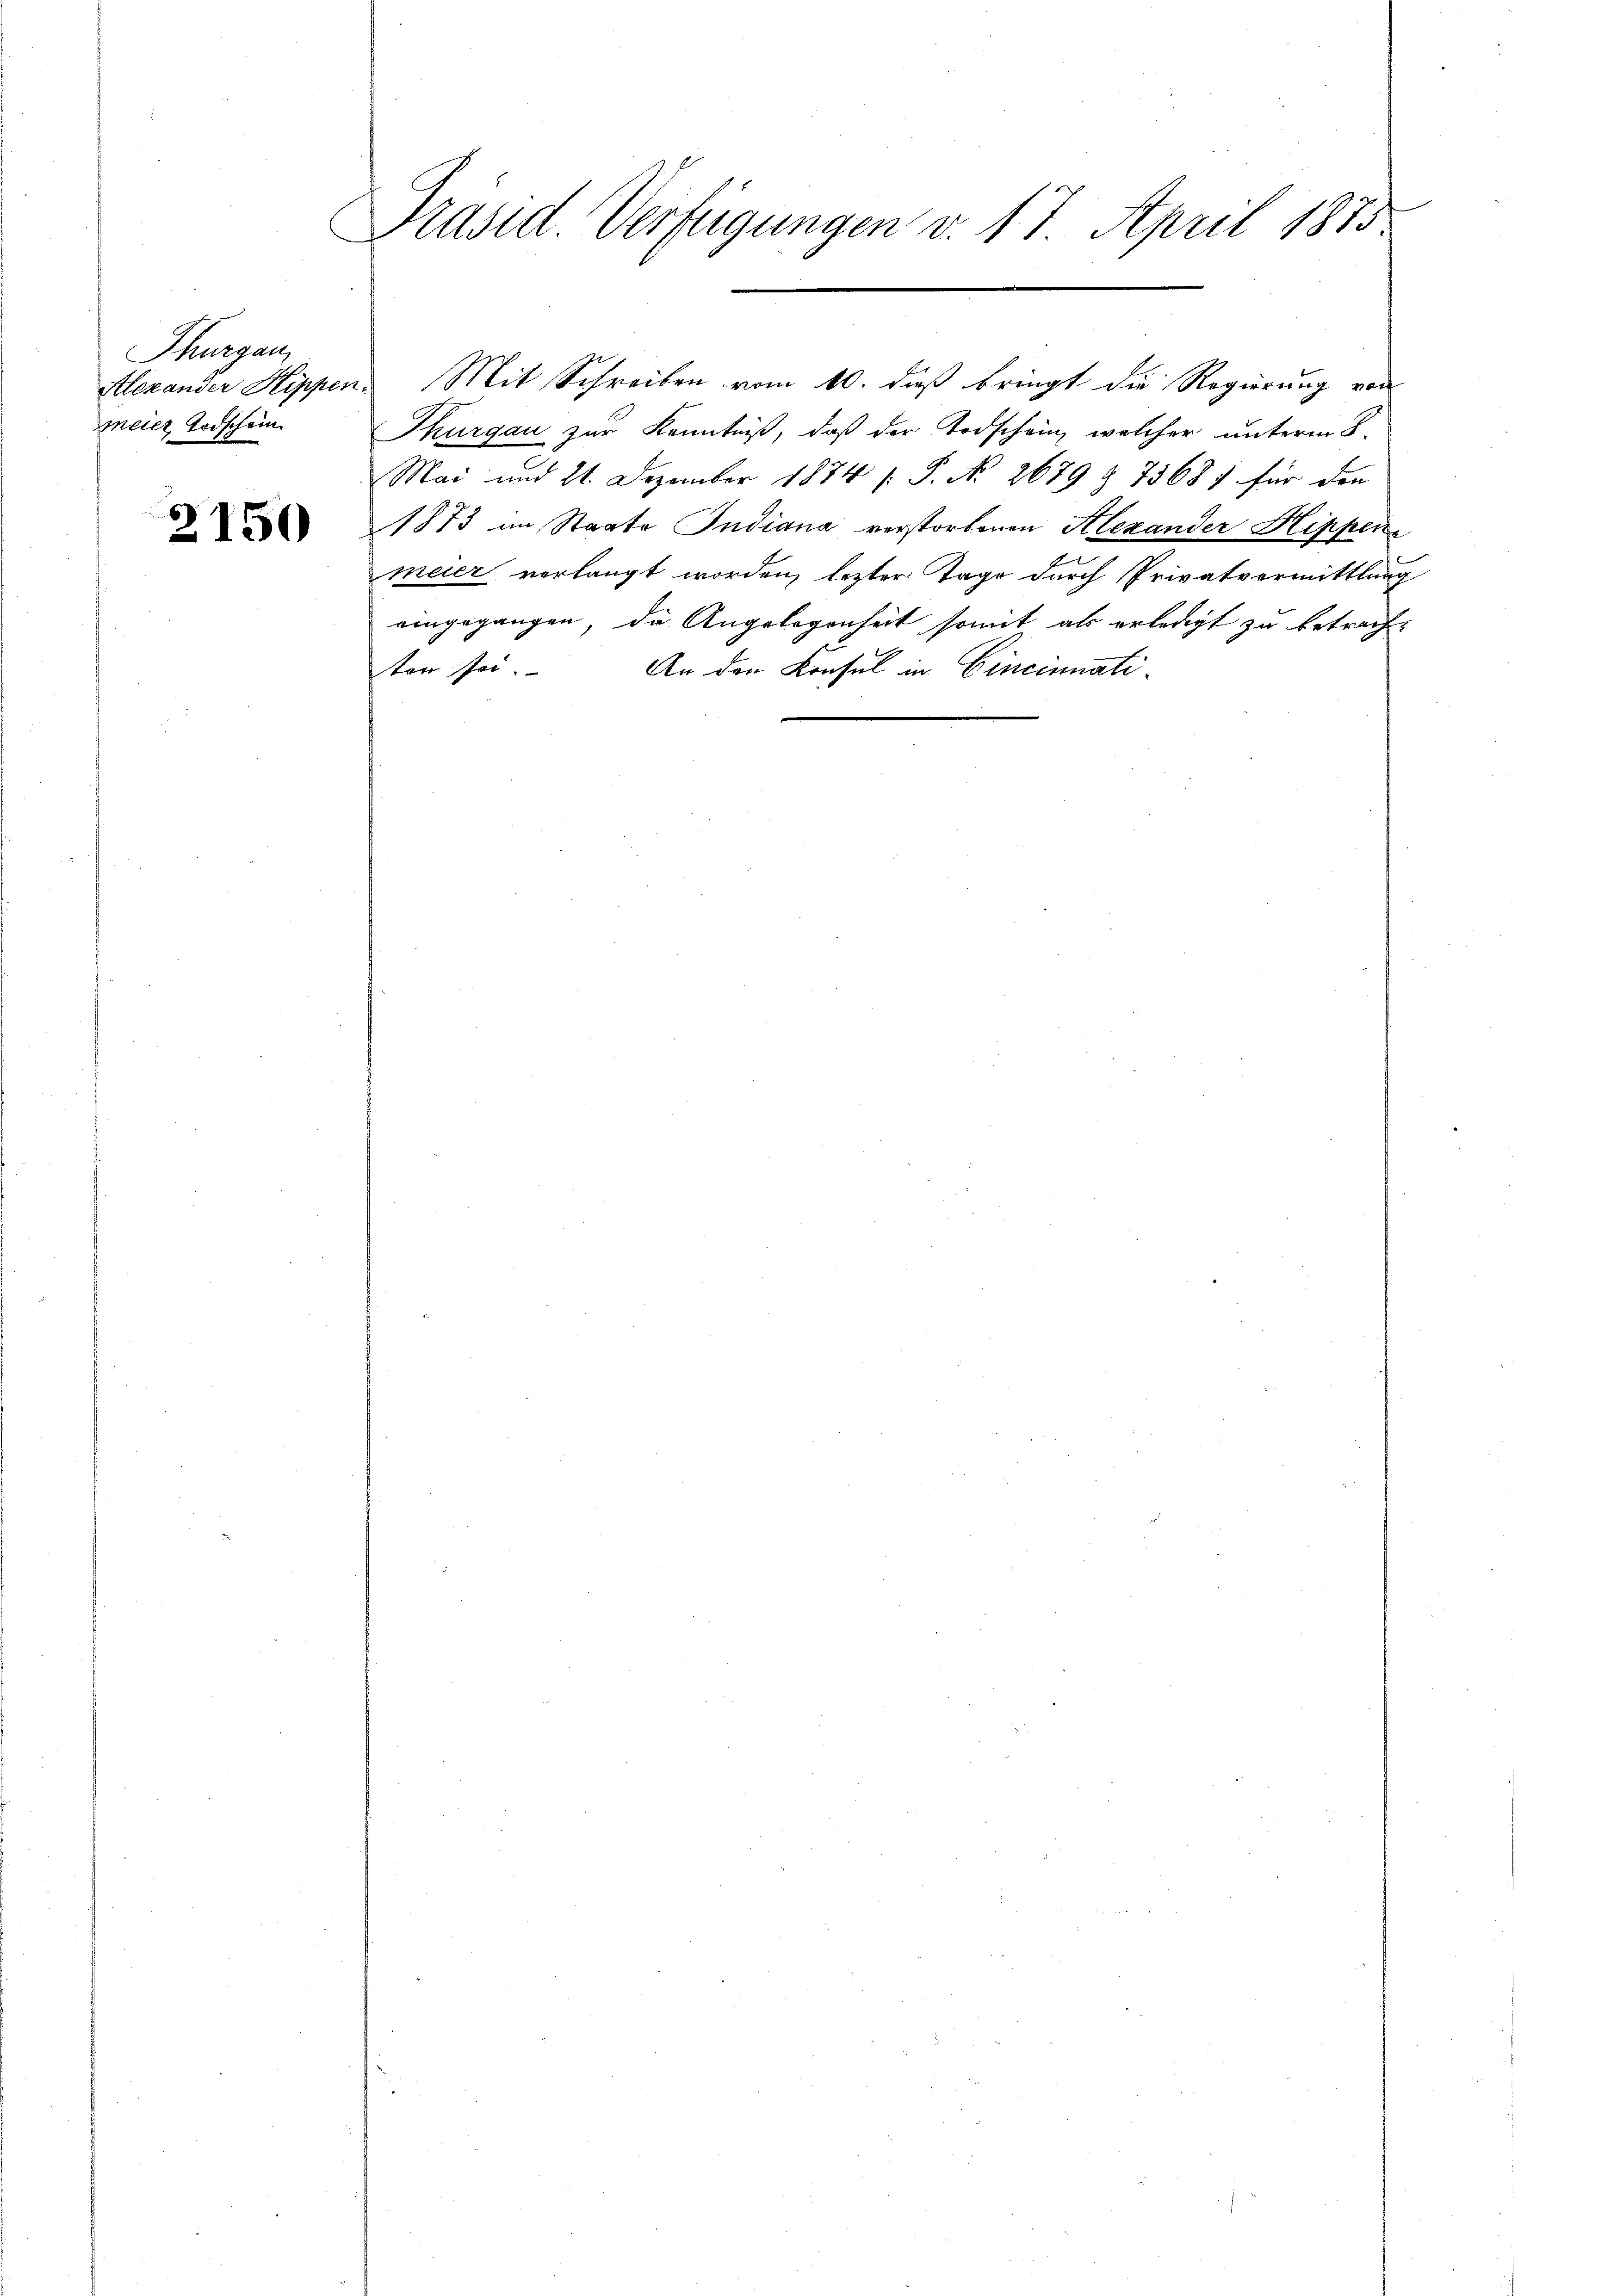
Thurgau,
meier Todschein

2150

Präsid. Verfügungen v. 17. April 1873.

Thurgau zur Kenntniß, daß der Todschein, welcher unterm 8.
Mai und 21. Dezember 1874 ( P. No. 2679 & 73687 für den
1873 im Staate Indiana verstorbenen Alexander Hippene
meier verlangt worden, lezter Tage durch Privatvermittlung
eingegangen, die Angelegenheit somit als erledigt zu betrachten sei.
An den Konsul in Cincinati¬

Alexander Sippen. Mit Schreiben vom 10. dieß bringt die Regierung von